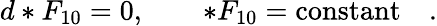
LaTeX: d*F_{10}=0,\quad\quad*F_{10}=\mathrm{constant}\quad.